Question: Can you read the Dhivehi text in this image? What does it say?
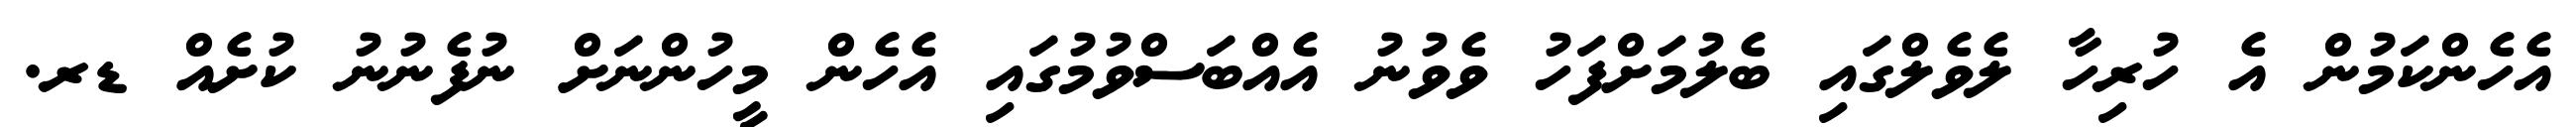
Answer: އެހެންކަމުން އެ ހުރިހާ ލެވެލްގައި ބެލުމަށްފަހު ވެވުނު އެއްބަސްވުމުގައި އެހެން މީހުންނަށް ނުފެނުނު ކުށެއް ޑރ.